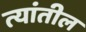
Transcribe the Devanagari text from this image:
त्‍यांतील